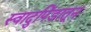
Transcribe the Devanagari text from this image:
स्वादुपिंडातून